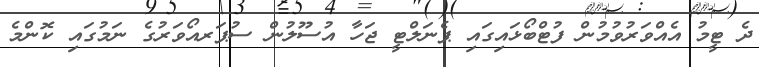
ދެ ޓީމު އެއްވަރުވުމުން ފުޓްބޯޅައިގައި ޕެނަލްޓީ ޖަހާ އުސޫލުން ސުޕަރއޯވަރުގެ ނަމުގައި ކޮންމެ